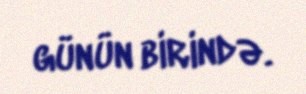
günün birində.